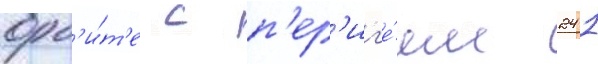
орб'и́т'е с п'ер'иг'е́ем 241